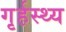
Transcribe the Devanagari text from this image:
गृर्हस्थ्य